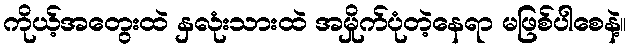
ကိုယ့်အတွေးထဲ နှလုံးသားထဲ အမှိုက်ပုံတဲ့နေရာ မဖြစ်ပါစေနဲ့။